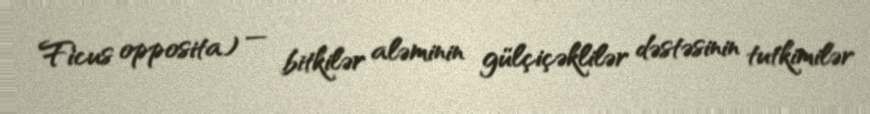
Ficus opposita) — bitkilər aləminin gülçiçəklilər dəstəsinin tutkimilər